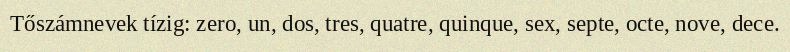
Tőszámnevek tízig: zero, un, dos, tres, quatre, quinque, sex, septe, octe, nove, dece.